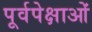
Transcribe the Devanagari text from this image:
पूर्वपेक्षाओं